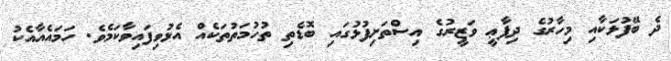
ދެ ބޭފުޅަކާއި މިހާރުގެ ދިފާޢީ ވަޒީރުގެ އިސްތަށިފުޅުގައި ބޮޑެތި ތުހުމަތުތަކެއް އެޅުވިފައިވާކަމެވެ. ހަމައެއާއެކު